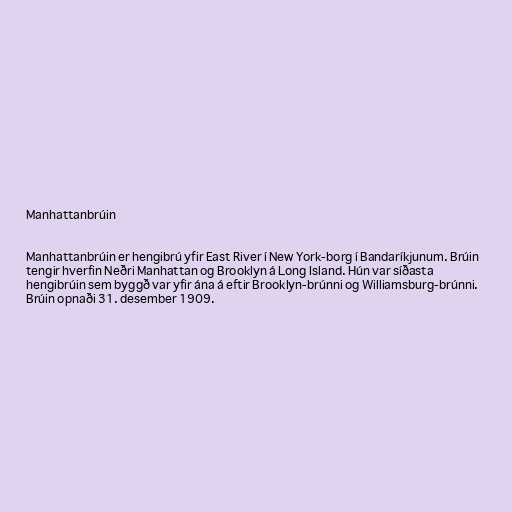
Manhattanbrúin

Manhattanbrúin er hengibrú yfir East River í New York-borg í Bandaríkjunum. Brúin
tengir hverfin Neðri Manhattan og Brooklyn á Long Island. Hún var síðasta
hengibrúin sem byggð var yfir ána á eftir Brooklyn-brúnni og Williamsburg-brúnni.
Brúin opnaði 31. desember 1909.